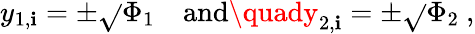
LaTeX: y_{1,\mathbf{i}}=\pm\sqrt{}{{\Phi_{1}}}\quad\mathrm{{and}}\quady_{2,\mathbf{i}}=\pm\sqrt{}{{\Phi_{2}}}\ ,